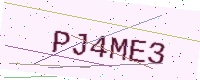
Text: PJ4ME3